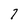
Character: 7